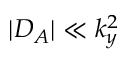
| D _ { A } | \ll k _ { y } ^ { 2 }